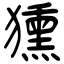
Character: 獯